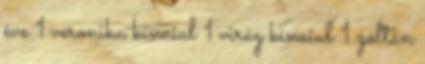
éve 1 veronika kínaiul 1 virág kínaiul 1 zoltán